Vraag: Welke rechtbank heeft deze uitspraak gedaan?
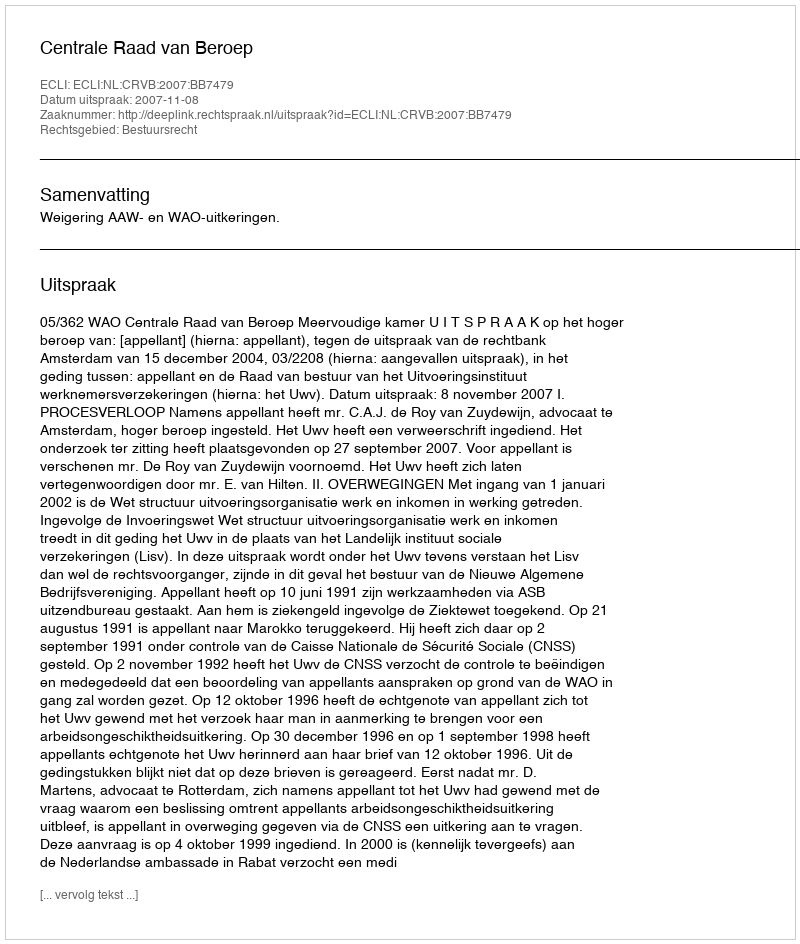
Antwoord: Centrale Raad van Beroep